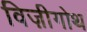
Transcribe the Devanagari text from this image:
विज़ीगोथ